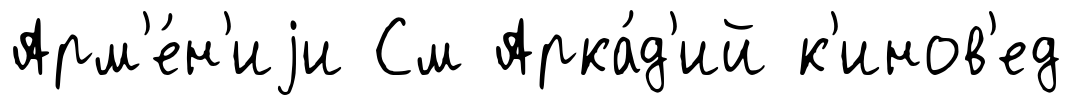
Арм'е́н'иjи См Арка́д'ий к'инов'ед